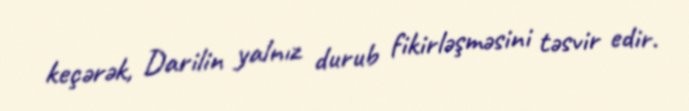
keçərək, Darilin yalnız durub fikirləşməsini təsvir edir.